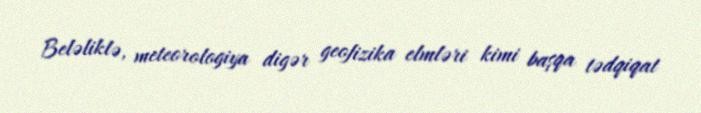
Beləliklə, meteorologiya digər geofizika elmləri kimi başqa tədqiqat